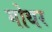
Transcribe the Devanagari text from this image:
गोथर